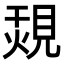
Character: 覝